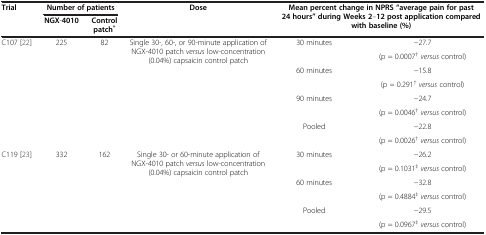
<table><thead><tr><td rowspan="2"><b>Trial</b></td><td colspan="2"><b>Number of patients</b></td><td rowspan="2"><b>Dose</b></td><td rowspan="2" colspan="2"><b>Mean percent change in NPRS “average pain for past 24 hours” during Weeks 2–12 post application compared with baseline (%)</b></td></tr><tr><td><b>NGX-4010</b></td><td><b>Control patch<sup>*</sup></b></td></tr></thead><tbody><tr><td rowspan="8">C107 [22]</td><td rowspan="8">225</td><td rowspan="8">82</td><td rowspan="8">Single 30-, 60-, or 90-minute application of NGX-4010 patch <i>versus</i> low-concentration (0.04%) capsaicin control patch</td><td rowspan="2">30 minutes</td><td>−27.7</td></tr><tr><td>(p = 0.0007<sup>†</sup><i>versus</i> control)</td></tr><tr><td rowspan="2">60 minutes</td><td>−15.8</td></tr><tr><td>(p = 0.291<sup>†</sup><i>versus</i> control)</td></tr><tr><td rowspan="2">90 minutes</td><td>−24.7</td></tr><tr><td>(p = 0.0046<sup>†</sup><i>versus</i> control)</td></tr><tr><td rowspan="2">Pooled</td><td>−22.8</td></tr><tr><td>(p = 0.0026<sup>†</sup><i>versus</i> control)</td></tr><tr><td rowspan="6">C119 [23]</td><td rowspan="6">332</td><td rowspan="6">162</td><td rowspan="6">Single 30- or 60-minute application of NGX-4010 patch <i>versus</i> low-concentration (0.04%) capsaicin control patch</td><td rowspan="2">30 minutes</td><td>−26.2</td></tr><tr><td>(p = 0.1031<sup>‡</sup><i>versus</i> control)</td></tr><tr><td rowspan="2">60 minutes</td><td>−32.8</td></tr><tr><td>(p = 0.4884<sup>‡</sup><i>versus</i> control)</td></tr><tr><td rowspan="2">Pooled</td><td>−29.5</td></tr><tr><td>(p = 0.0967<sup>‡</sup><i>versus</i> control)</td></tr></tbody></table>